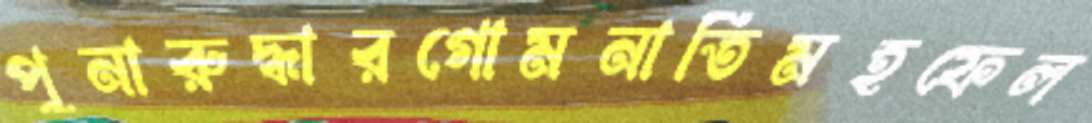
পুনারুদ্ধারগোমনাতিমহফেল